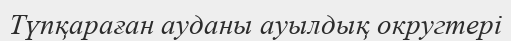
Түпқараған ауданы ауылдық округтері